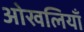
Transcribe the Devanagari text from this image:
ओखलियाँ